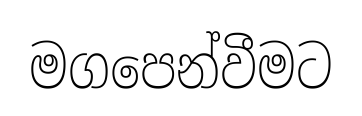
මගපෙන්වීමට